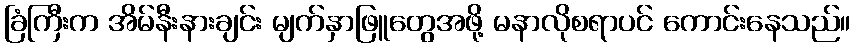
ခြံကြီးက အိမ်နီးနားချင်း မျက်နှာဖြူတွေအဖို့ မနာလိုစရာပင် ကောင်းနေသည်။